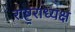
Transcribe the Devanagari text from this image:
राष्ट्रराध्यक्ष